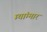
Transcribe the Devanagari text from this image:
म्यांम्मार